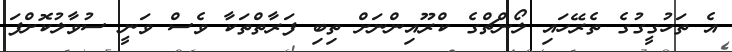
އެ ތަހުގީގުގެ ތެރޭހައި ލޯންޗްގެ ކްރޫއިންނަށް ތިބި ފަރާތްތަކާ ވެސް ވަނީ ސުވާލުކޮށްފަ